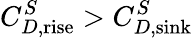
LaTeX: C_{D,\mathrm{rise}}^{S}>C_{D,\mathrm{sink}}^{S}